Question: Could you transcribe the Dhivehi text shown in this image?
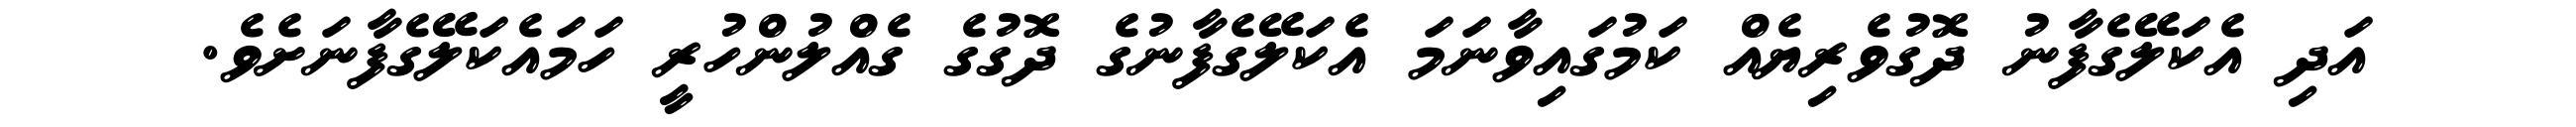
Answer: އަދި އެކަލޭގެފާނު ދޮގުވެރިޔެއް ކަމުގައިވާނަމަ އެކަލޭގެފާނުގެ ދޮގުގެ ގެއްލުންހުރީ ހަމައެކަލޭގެފާނަށެވެ.